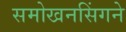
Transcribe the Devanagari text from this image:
समोखनसिंगने